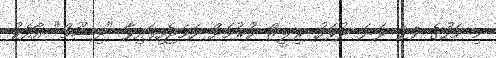
މި މަހުގެ 29 ވަނަ ދުވަހު ރިލީޒް ކުރުމަށް ހަމަޖެހިފައިވާ "ދިޝޫމް" އާއެކު